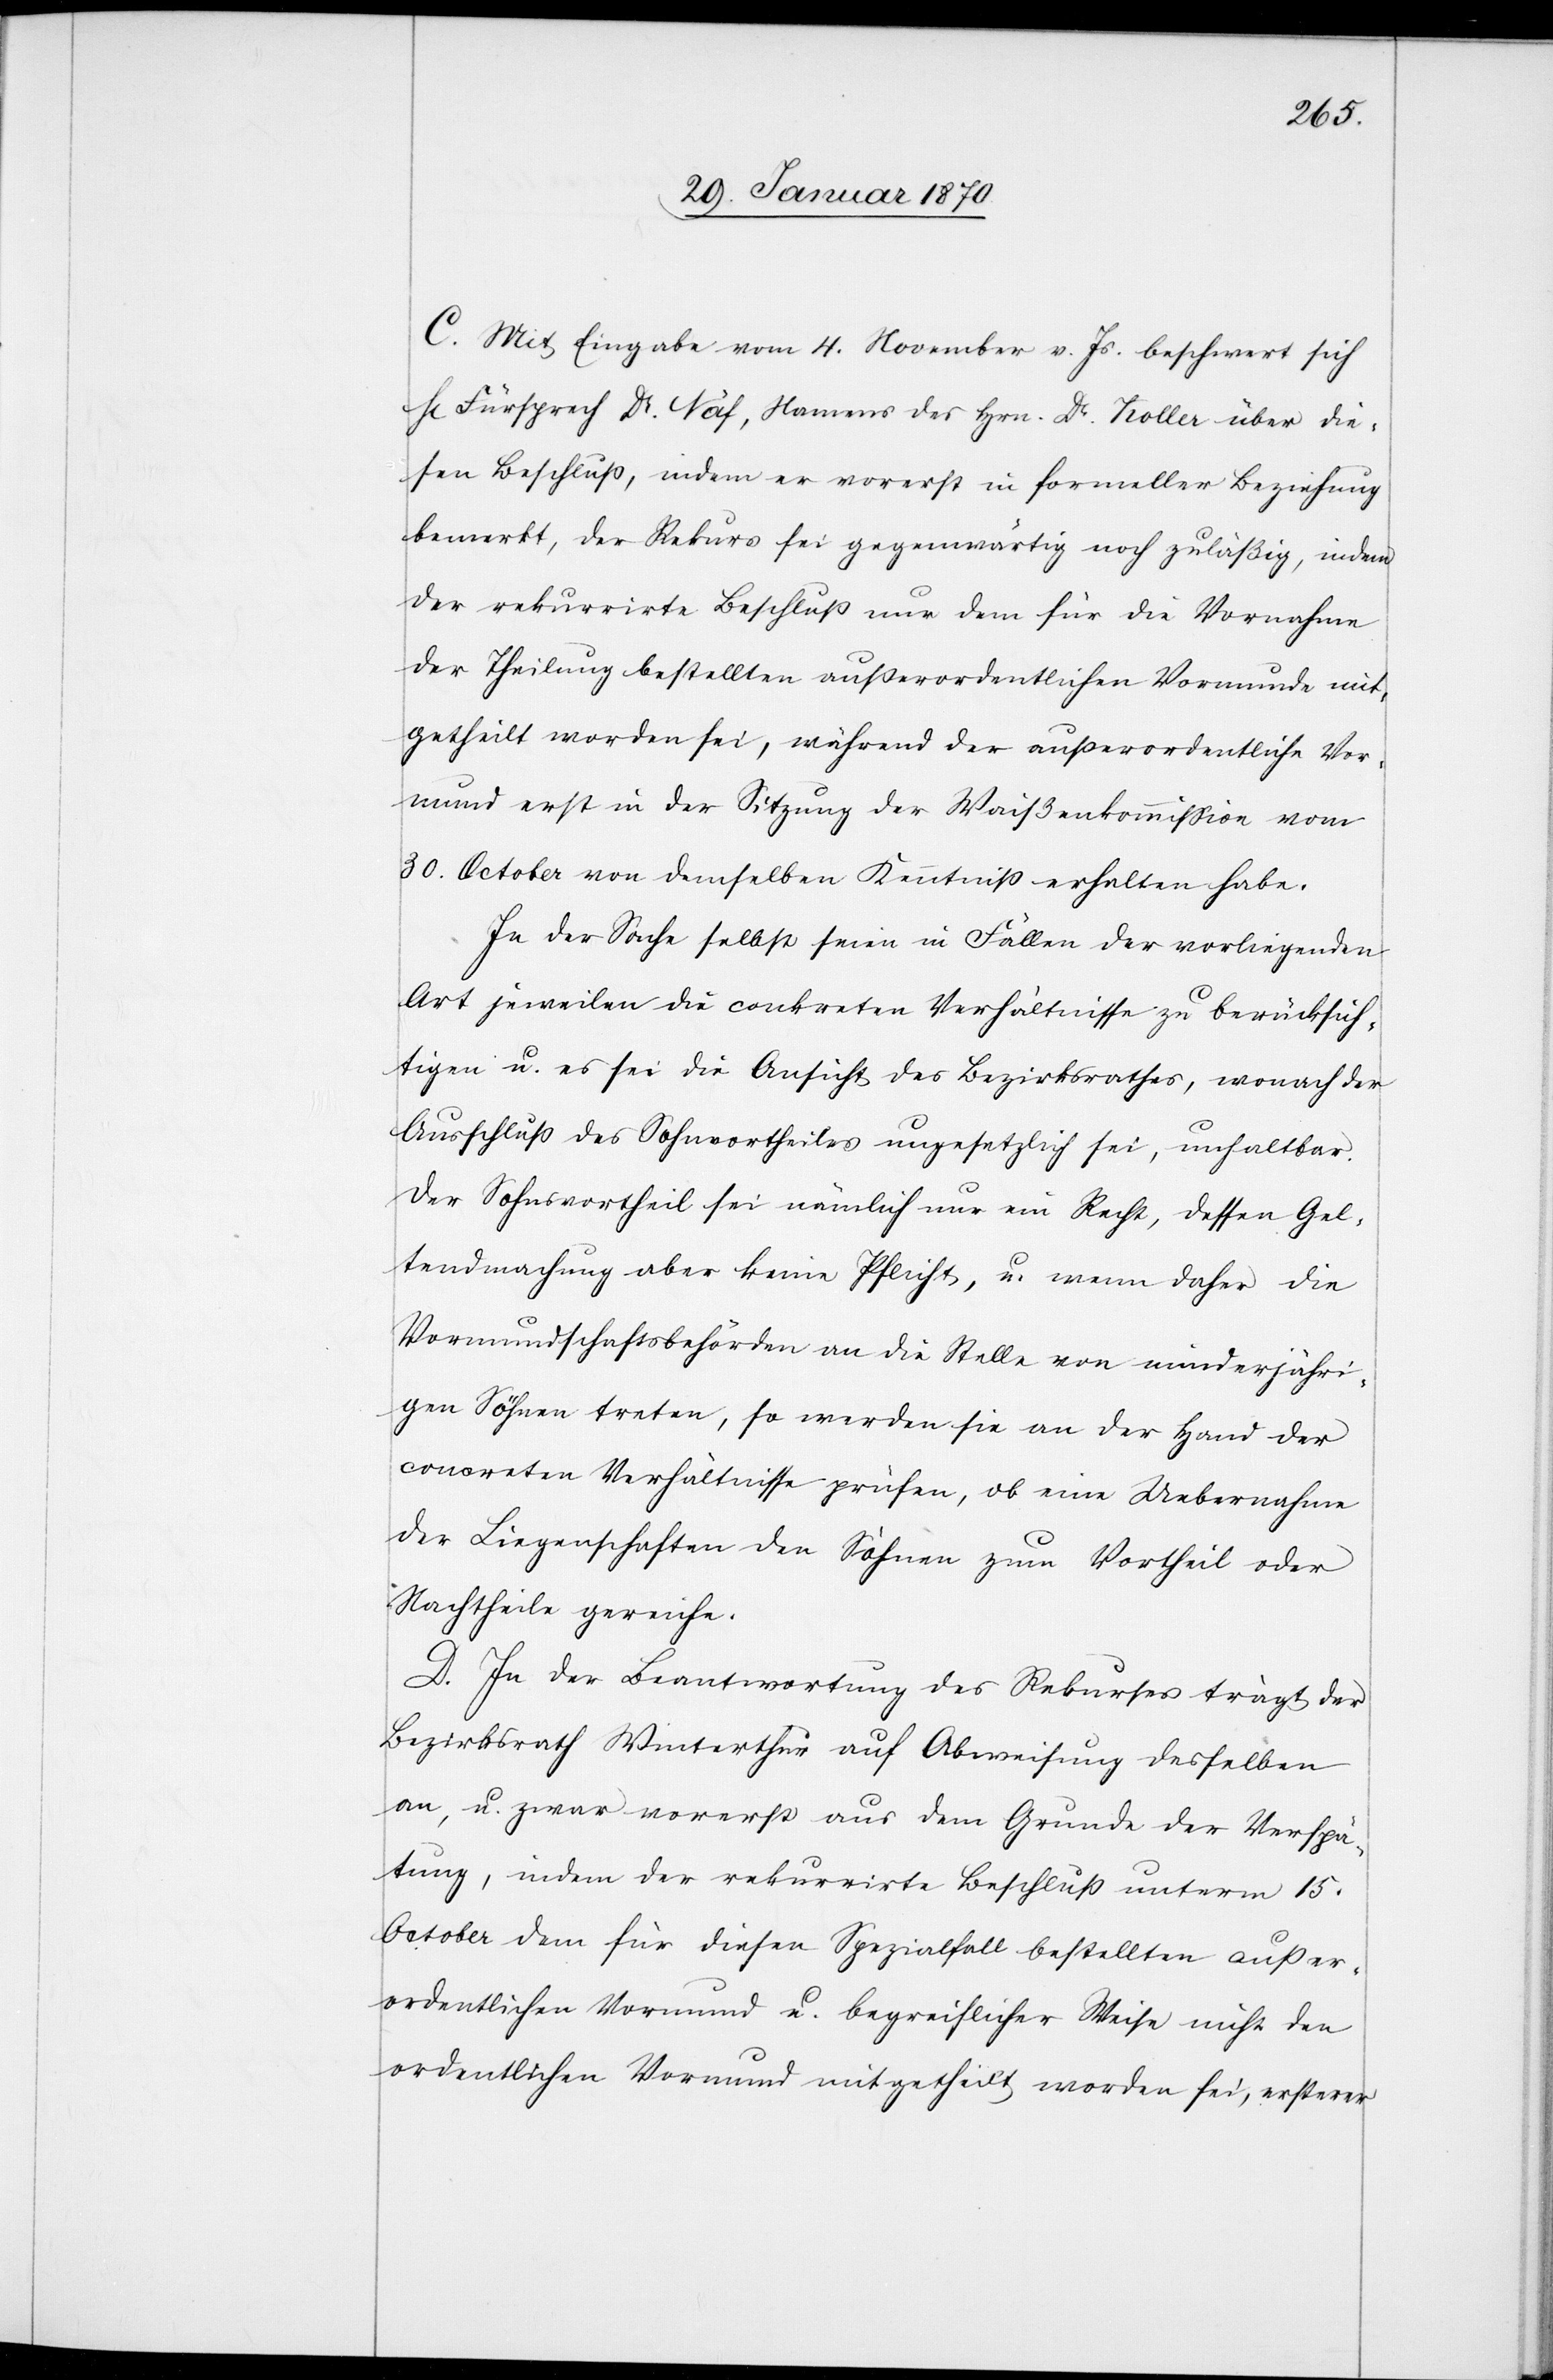
C. Mit Eingabe vom 4. November v. Js. beschwert sich
Fürsprech Dr. Näf, Namens des Hrn. Dr. Koller über die¬
sen Beschluss, indem er vorerst in formeller Beziehung
bemerkt, der Rekurs sei gegenwärtig noch zuläßig, indem
der rekurrirte Beschluß nur dem für die Vornahme
der Theilung bestellten außerordentlichen Vormunde mit¬
getheilt worden sei, währen der ausserordentliche Vor¬
mund erst in der Sitzung der Waißenkommission
30. October von demselben Kenntniß erhalten habe.
In der Sache selbst seien in Fällen der vorliegenden
Art jeweilen die conkreten Verhältnisse zu berücksich¬
tigen u. es sei die Ansicht des Bezirksrathes, wonach der
Ausschluß des Sohnvortheiles ungesetzlich sei, unhaltbar.
Der Sohnsvortheil sei nämlich nur ein Recht, dessen Gel¬
tendmachung aber keine Pflicht, u. wenn daher die
Vormundschaftsbehörden an die Stelle von minderjähri¬
gen Söhnen treten, so werden sie an der Hand der
concreten Verhältnisse prüfen, ob eine Uebernahme
der Liegenschaften den Söhnen zum Vortheil oder
Nachtheile gereiche.
D. In der Beantwortung des Rekurses trägt der
Bezirksrath Winterthur auf Abweisung desselben
an, u. zwar vorerst aus dem Grunde der Verspä¬
tung, indem der rekurrirte Beschluß unterm 15.
October dem für diesen Spezialfall bestellten außer¬
ordentlichen Vormund u. begreiflicher Weise nicht den
ordentlichen Vormund mitgetheilt worden sei, ersterer